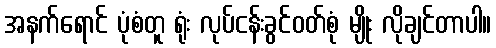
အနက်ရောင် ပုံစံတူ ရုံး လုပ်ငန်းခွင်ဝတ်စုံ မျိုး လိုချင်တာပါ။